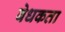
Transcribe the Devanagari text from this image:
बेधकता